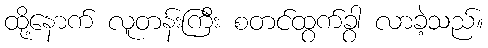
ထို့နောက် လူတန်းကြီး စတင်ထွက်ခွာ လာခဲ့သည်။